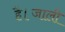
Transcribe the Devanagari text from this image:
है।जाली